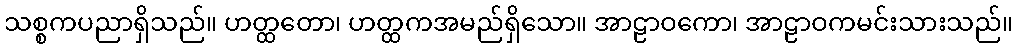
သစ္စကပညာရှိသည်။ ဟတ္ထတော၊ ဟတ္ထကအမည်ရှိသော။ အာဠာဝကော၊ အာဠာဝကမင်းသားသည်။